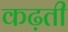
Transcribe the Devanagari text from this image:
कढ़ती